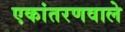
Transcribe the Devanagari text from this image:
एकांतरणवाले